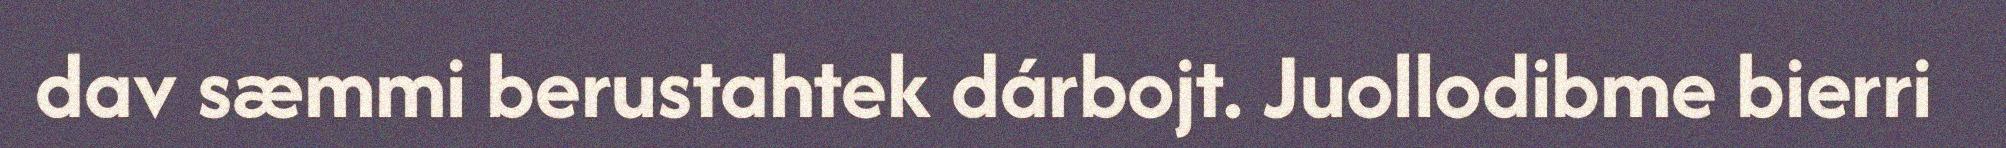
dav sæmmi berustahtek dárbojt. Juollodibme bierri